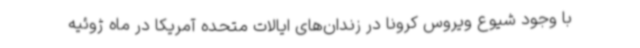
با وجود شیوع ویروس کرونا در زندان‌های ایالات متحده آمریکا در ماه ژوئیه